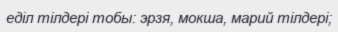
еділ тілдері тобы: эрзя, мокша, марий тілдері;